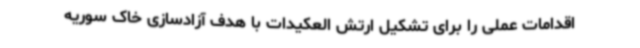
اقدامات عملی را برای تشکیل ارتش العکیدات با هدف آزادسازی خاک سوریه